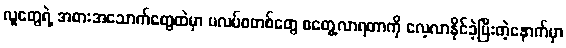
လူတွေရဲ့ အစားအသောက်တွေထဲမှာ ပလပ်စတစ်တွေ စတွေ့လာရတာကို လေ့လာနိုင်ခဲ့ပြီးတဲ့နောက်မှာ